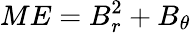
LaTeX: ME=B_{r}^{2}+B_{\theta}